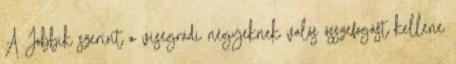
A Jobbik szerint a visegrádi négyeknek valós összefogást kellene